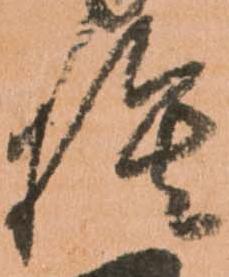
捨